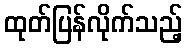
ထုတ်ပြန်လိုက်သည့်